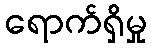
ရောက်ရှိမှု